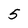
Character: 5